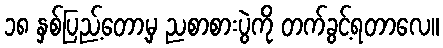
၁၈ နှစ်ပြည့်တော့မှ ညစာစားပွဲကို တက်ခွင့်ရတာလေ။